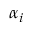
\alpha _ { i }